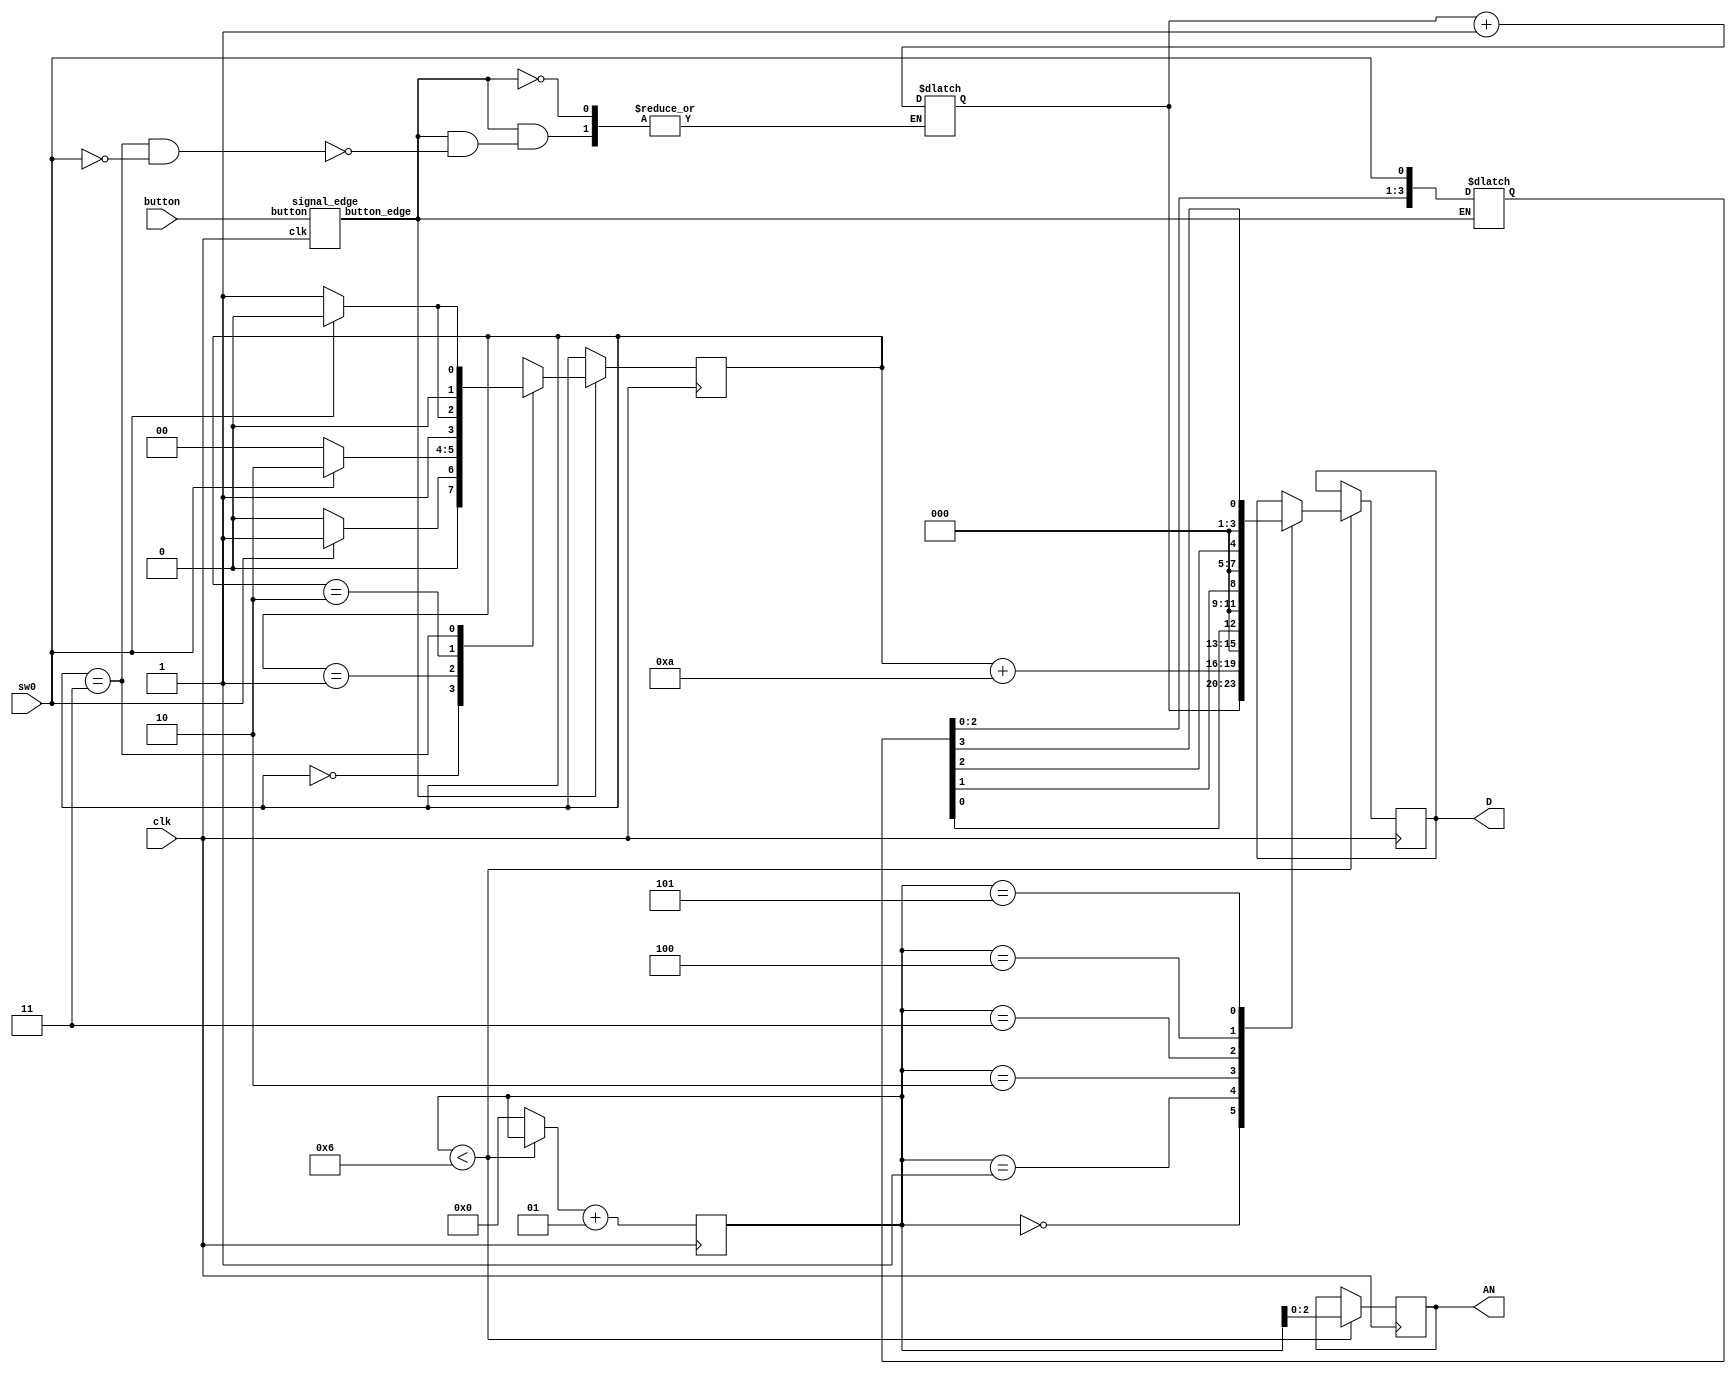
module detect (input clk, input sw0, input button, output reg [2:0] AN, output reg [3:0] D);
    wire button_edge;
    reg in;
    parameter A = 2'b00;
    parameter B = 2'b01;
    parameter C = 2'b10;
    parameter DDD = 2'b11;
    integer i = 0;
    reg [1:0] current_state, next_state;
    reg [3:0] count, series;

    always @ *
    begin
        if (button_edge)            // if button is pushed
        begin
            in = sw0;               // update input
            series = series << 1;   // save the series
            series[0] = in;
            if (current_state == DDD && in == 0)  // if there is another '1100
                count = count + 1;              // count++
            case (current_state)                // update states
            A: next_state = in ? B : A;
            B: next_state = in ? C : A;
            C: next_state = in ? C : DDD;
            DDD: next_state = in ? A : B;
            endcase
        end
        else
            next_state = current_state;
    end

    always @ (posedge clk)
        current_state <= next_state;

    always @ (posedge clk)  // should use lower frequencies
    begin
        if (i < 6) // we have 6 things to output
        begin
            AN <= i;
            case (i)
            0: D <= count;
            1: D <= current_state + 10; // from 2'b00 to 4'hA etc.
            2: D <= series[0];
            3: D <= series[1];
            4: D <= series[2];
            5: D <= series[3]; // the series
            endcase
        end
        else i = 0;
        i = i + 1;
    end

    signal_edge se (.clk (clk), .button (button), .button_edge (button_edge));
endmodule


module signal_edge(
    input clk,
    input button,
    output button_edge);
    reg button_r1,button_r2;
    always @ (posedge clk) button_r1 <= button;
    always @ (posedge clk) button_r2 <= button_r1;
    assign button_edge = button_r1 & ~button_r2;
endmodule